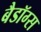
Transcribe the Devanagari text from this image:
बैडॉग्स